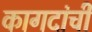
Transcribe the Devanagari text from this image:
कागदांची